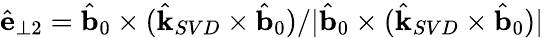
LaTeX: \hat{\mathbf{e}}_{\perp 2}=\hat{\mathbf{b}}_{0}\times(\hat{\mathbf{k}}_{SVD}\times\hat{\mathbf{b}}_{0})/|\hat{\mathbf{b}}_{0}\times(\hat{\mathbf{k}}_{SVD}\times\hat{\mathbf{b}}_{0})|